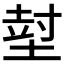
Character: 𡎃